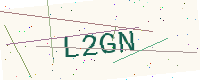
Text: L2GN